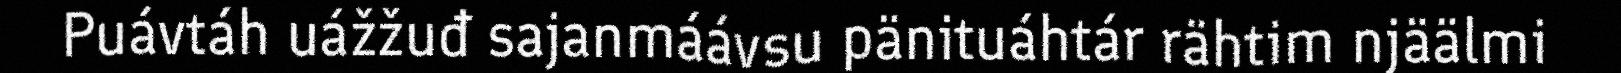
Puávtáh uážžuđ sajanmáávsu pänituáhtár rähtim njäälmi